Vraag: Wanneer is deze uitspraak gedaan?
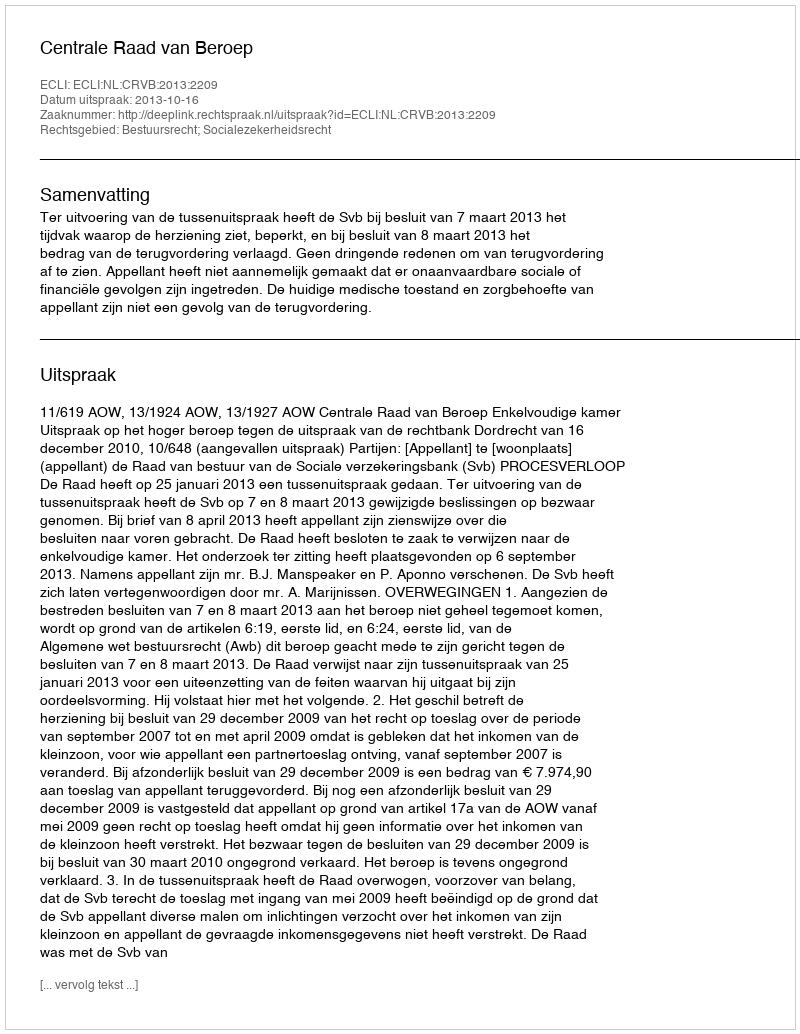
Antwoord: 2013-10-16